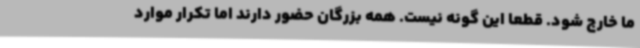
ما خارج شود. قطعا این گونه نیست. همه بزرگان حضور دارند اما تکرار موارد